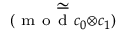
\underset { ( \mathrm { ~ m ~ o ~ d ~ } { c _ { 0 } \otimes c _ { 1 } } ) } { \simeq }